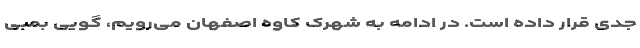
جدی قرار داده است. در ادامه به شهرک کاوه اصفهان می‌رویم، گویی بمبی